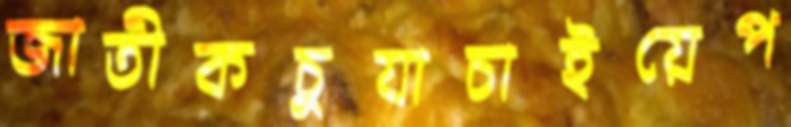
জাতীকচুযাচাইয়েপ